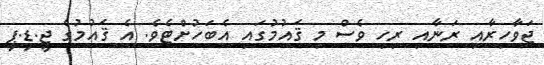
ޖަވާހިރާއި ރަނާއި ރިހި ވެސް މި ޤައުމުގައި އެބަހުށްޓެވެ. އެ ޤައުމުގެ ޖީ.ޑީ.ޕީ